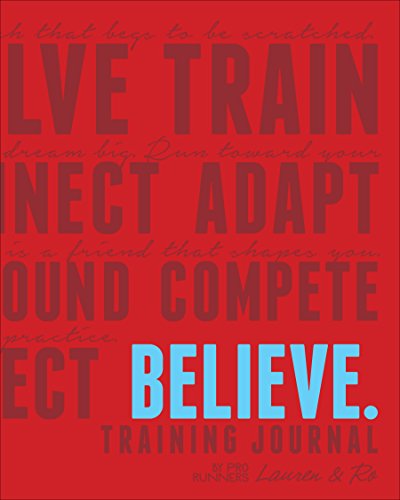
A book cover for Believe Training Journal (Classic Red); Lauren Fleshman; Health, Fitness & Dieting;